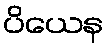
ပိယေန